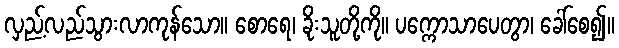
လှည့်လည်သွားလာကုန်သော။ စောရေ၊ ခိုးသူတို့ကို။ ပက္ကောသာပေတွာ၊ ခေါ်စေ၍။